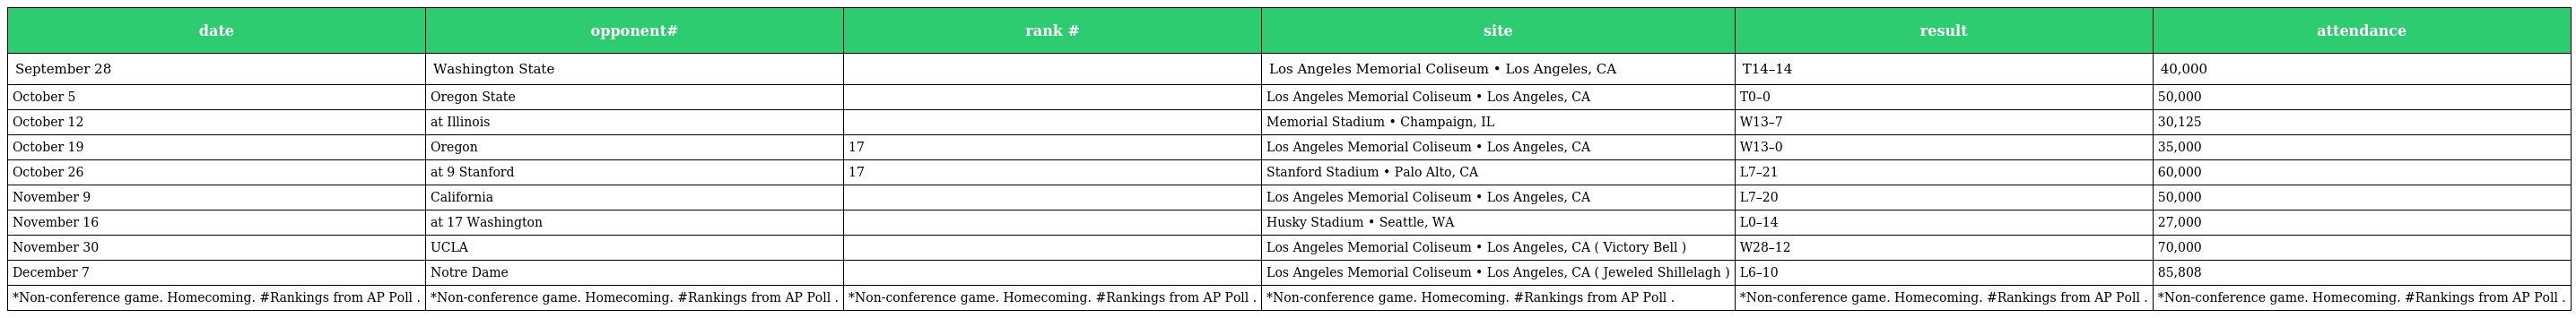
| date | opponent# | rank # | site | result | attendance |
 | --- | --- | --- | --- | --- | --- |
 | September 28 | Washington State |  | Los Angeles Memorial Coliseum • Los Angeles, CA | T14–14 | 40,000 |
 | October 5 | Oregon State |  | Los Angeles Memorial Coliseum • Los Angeles, CA | T0–0 | 50,000 |
 | October 12 | at Illinois |  | Memorial Stadium • Champaign, IL | W13–7 | 30,125 |
 | October 19 | Oregon | 17 | Los Angeles Memorial Coliseum • Los Angeles, CA | W13–0 | 35,000 |
 | October 26 | at 9 Stanford | 17 | Stanford Stadium • Palo Alto, CA | L7–21 | 60,000 |
 | November 9 | California |  | Los Angeles Memorial Coliseum • Los Angeles, CA | L7–20 | 50,000 |
 | November 16 | at 17 Washington |  | Husky Stadium • Seattle, WA | L0–14 | 27,000 |
 | November 30 | UCLA |  | Los Angeles Memorial Coliseum • Los Angeles, CA ( Victory Bell ) | W28–12 | 70,000 |
 | December 7 | Notre Dame |  | Los Angeles Memorial Coliseum • Los Angeles, CA ( Jeweled Shillelagh ) | L6–10 | 85,808 |
 | *Non-conference game. Homecoming. #Rankings from AP Poll . | *Non-conference game. Homecoming. #Rankings from AP Poll . | *Non-conference game. Homecoming. #Rankings from AP Poll . | *Non-conference game. Homecoming. #Rankings from AP Poll . | *Non-conference game. Homecoming. #Rankings from AP Poll . | *Non-conference game. Homecoming. #Rankings from AP Poll . |